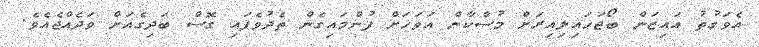
އެވަގުތު އައިޒަން ބޯޖަހައިލިއިރަށް މުސްކާން އަވަހަށް ފުންމައިގެން ތެދުވެފައި ގޮސް ބަދިގެއަށް ވަދެއްޖެއެވެ.